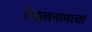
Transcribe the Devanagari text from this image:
विठ्ठलनामाचा